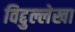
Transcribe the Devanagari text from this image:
विद्दुल्लेखा